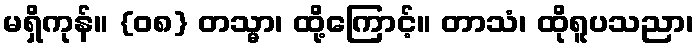
မရှိကုန်။ {၀၈} တသ္မာ၊ ထို့ကြောင့်။ တာသံ၊ ထိုရူပသညာ၊